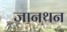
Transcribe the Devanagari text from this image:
जानथन